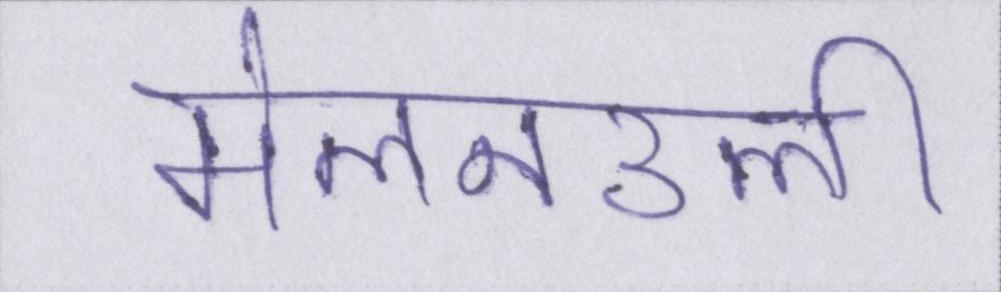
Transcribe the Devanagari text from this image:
मेलनउली